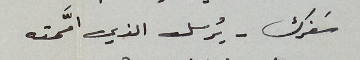
سَفرك - يُرسل الذي امَّمته